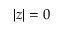
| z | = 0